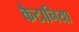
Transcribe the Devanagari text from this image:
कैटानिया